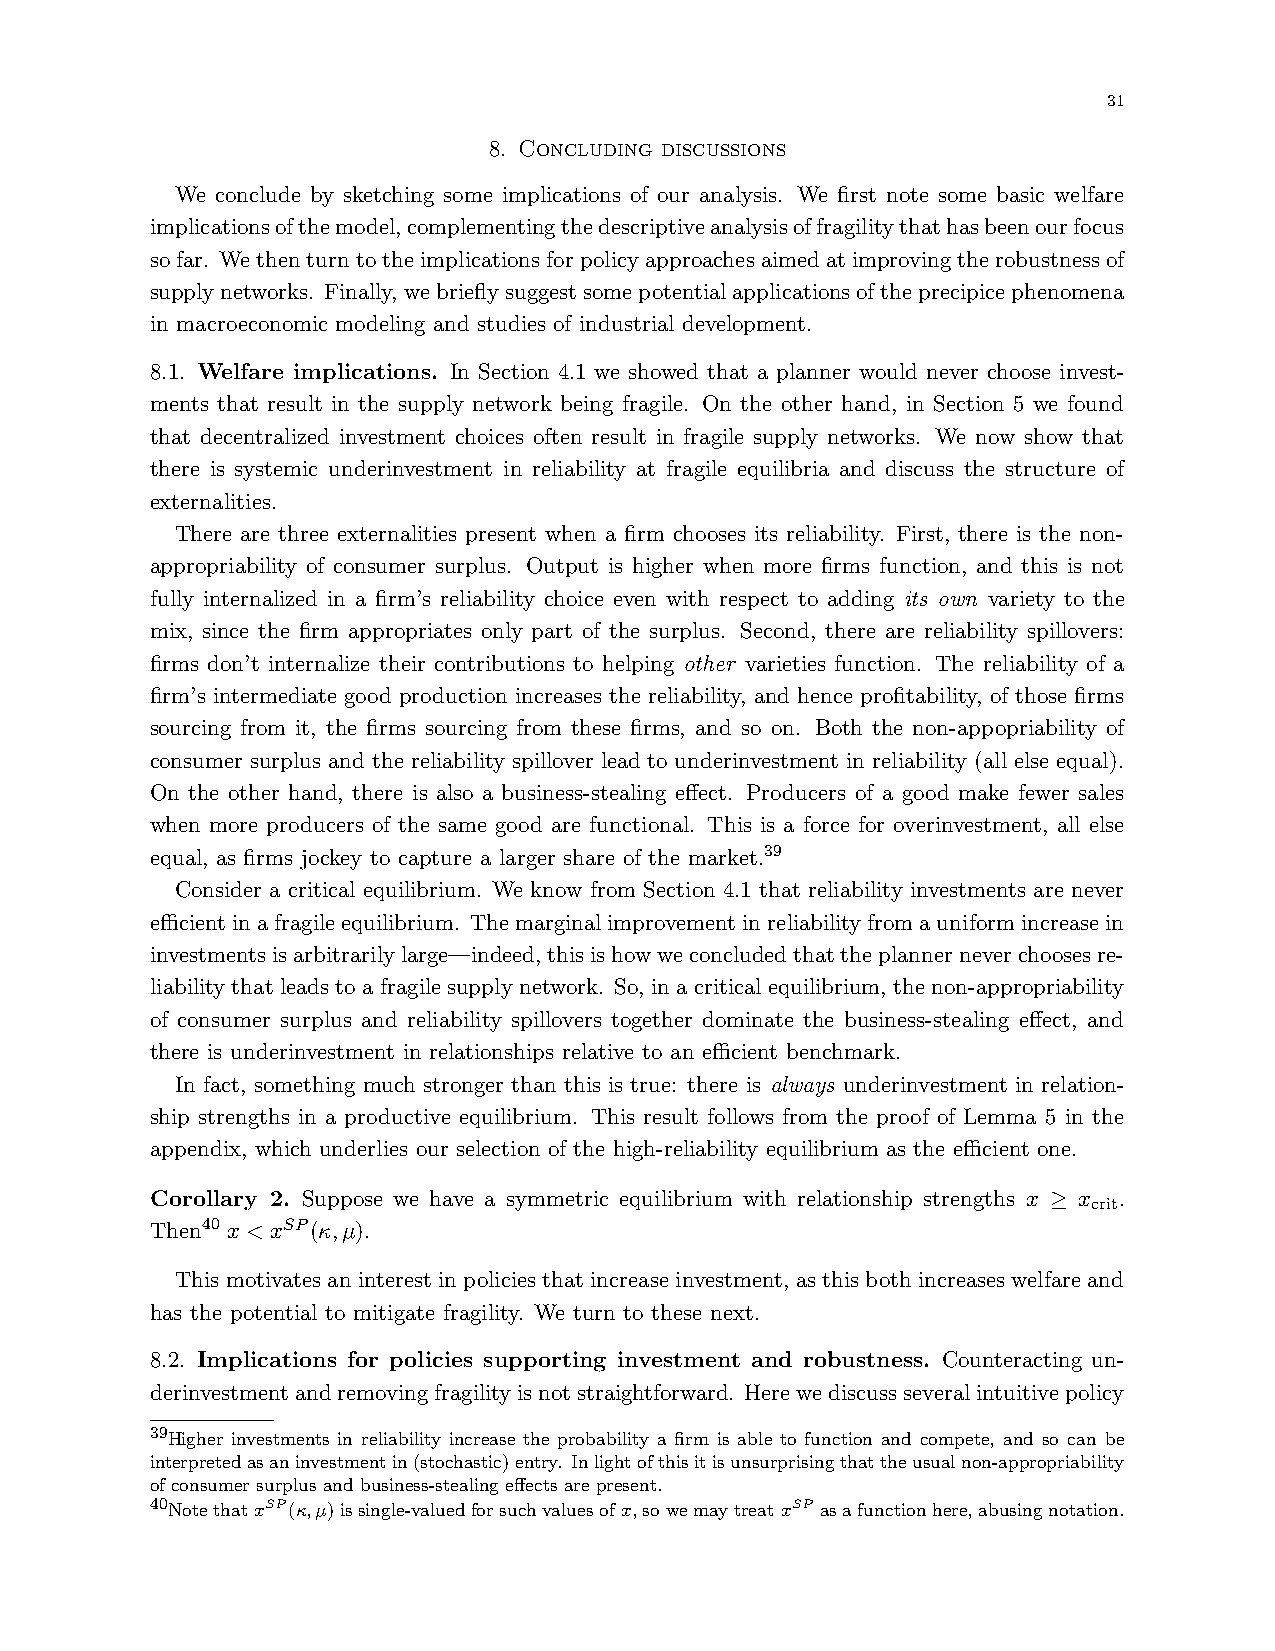
31
 8. Concluding discussions
 We conclude by sketching some implications of our analysis. We first note some basic welfare
 implicationsofthemodel,complementingthedescriptiveanalysisoffragilitythathasbeenourfocus
 sofar. Wethenturntotheimplicationsforpolicyapproachesaimedatimprovingtherobustnessof
 supplynetworks. Finally,webrieflysuggestsomepotentialapplicationsoftheprecipicephenomena
 in macroeconomic modeling and studies of industrial development.
 8.1. Welfare implications. In Section 4.1 we showed that a planner would never choose invest-
 ments that result in the supply network being fragile. On the other hand, in Section 5 we found
 that decentralized investment choices often result in fragile supply networks. We now show that
 there is systemic underinvestment in reliability at fragile equilibria and discuss the structure of
 externalities.
 There are three externalities present when a firm chooses its reliability. First, there is the non-
 appropriability of consumer surplus. Output is higher when more firms function, and this is not
 fully internalized in a firm’s reliability choice even with respect to adding its own variety to the
 mix, since the firm appropriates only part of the surplus. Second, there are reliability spillovers:
 firms don’t internalize their contributions to helping other varieties function. The reliability of a
 firm’s intermediate good production increases the reliability, and hence profitability, of those firms
 sourcing from it, the firms sourcing from these firms, and so on. Both the non-appopriability of
 consumer surplus and the reliability spillover lead to underinvestment in reliability (all else equal).
 On the other hand, there is also a business-stealing effect. Producers of a good make fewer sales
 when more producers of the same good are functional. This is a force for overinvestment, all else
 equal, as firms jockey to capture a larger share of the market.39
 Consider a critical equilibrium. We know from Section 4.1 that reliability investments are never
 efficientinafragileequilibrium. Themarginalimprovementinreliabilityfromauniformincreasein
 investmentsisarbitrarilylarge—indeed,thisishowweconcludedthattheplannerneverchoosesre-
 liability that leads to a fragile supply network. So, in a critical equilibrium, the non-appropriability
 of consumer surplus and reliability spillovers together dominate the business-stealing effect, and
 there is underinvestment in relationships relative to an efficient benchmark.
 In fact, something much stronger than this is true: there is always underinvestment in relation-
 ship strengths in a productive equilibrium. This result follows from the proof of Lemma 5 in the
 appendix, which underlies our selection of the high-reliability equilibrium as the efficient one.
 Corollary 2. Suppose we have a symmetric equilibrium with relationship strengths x x .
 crit
 ≥
 Then40 x < xSP(κ,µ).
 This motivates an interest in policies that increase investment, as this both increases welfare and
 has the potential to mitigate fragility. We turn to these next.
 8.2. Implications for policies supporting investment and robustness. Counteracting un-
 derinvestmentandremovingfragilityisnotstraightforward. Herewediscussseveralintuitivepolicy
 39Higher investments in reliability increase the probability a firm is able to function and compete, and so can be
 interpretedasaninvestmentin(stochastic)entry. Inlightofthisitisunsurprisingthattheusualnon-appropriability
 of consumer surplus and business-stealing effects are present.
 40NotethatxSP(κ,µ)issingle-valuedforsuchvaluesofx,sowemaytreatxSP asafunctionhere,abusingnotation.